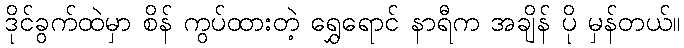
ဒိုင်ခွက်ထဲမှာ စိန် ကွပ်ထားတဲ့ ရွှေရောင် နာရီက အချိန် ပို မှန်တယ်။